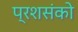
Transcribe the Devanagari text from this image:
प्रशसंको